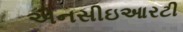
એનસીઇઆરટી